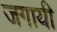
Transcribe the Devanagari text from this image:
जगायी